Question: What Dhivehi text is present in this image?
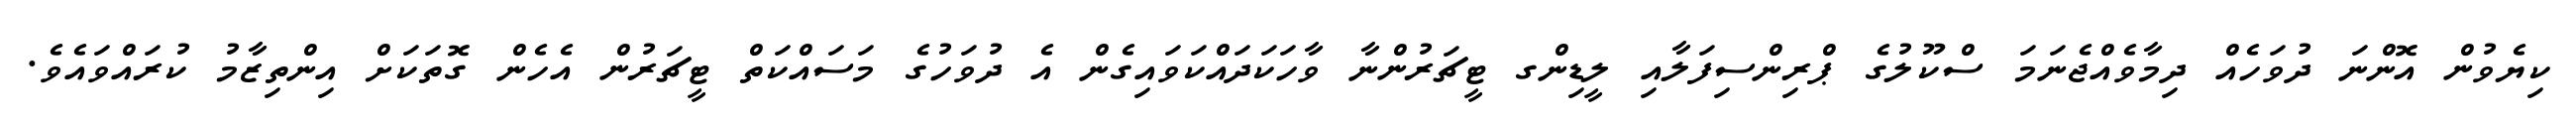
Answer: ކިޔެވުން އޮންނަ ދުވަހެއް ދިމާވެއްޖެނަމަ ސްކޫލުގެ ޕްރިންސިފަލާއި ލީޑިންގ ޓީޗަރުންނާ ވާހަކަދައްކަވައިގެން އެ ދުވަހުގެ މަސައްކަތް ޓީޗަރުން އެހެން ގޮތަކަށް އިންތިޒާމު ކުރައްވައެވެ.